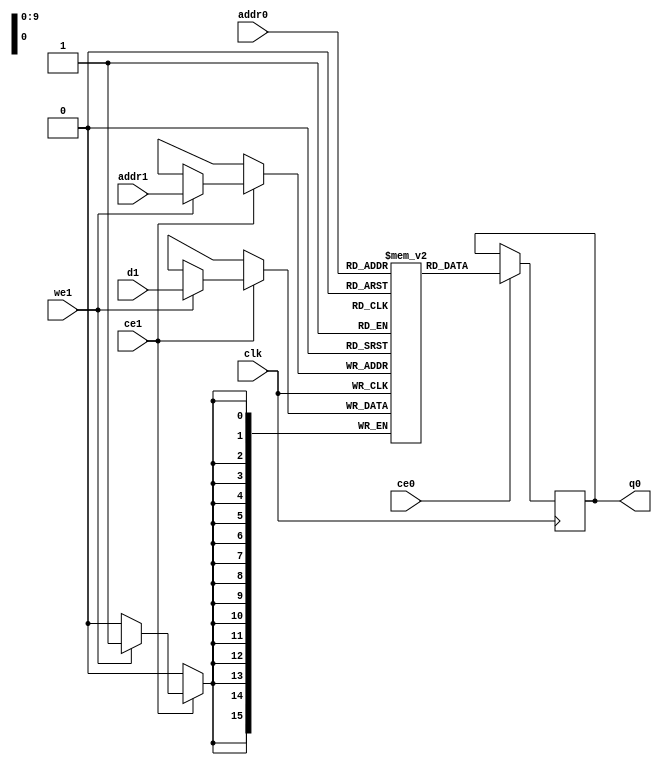
// ==============================================================
// File generated by Vivado(TM) HLS - High-Level Synthesis from C, C++ and SystemC
// Version: 2018.2
// Copyright (C) 1986-2018 Xilinx, Inc. All Rights Reserved.
// 
// ==============================================================

`timescale 1 ns / 1 ps
module Reduce_my_dst_bufbkb_ram (addr0, ce0, q0, addr1, ce1, d1, we1,  clk);

parameter DWIDTH = 16;
parameter AWIDTH = 10;
parameter MEM_SIZE = 640;

input[AWIDTH-1:0] addr0;
input ce0;
output reg[DWIDTH-1:0] q0;
input[AWIDTH-1:0] addr1;
input ce1;
input[DWIDTH-1:0] d1;
input we1;
input clk;

(* ram_style = "block" *)reg [DWIDTH-1:0] ram[0:MEM_SIZE-1];




always @(posedge clk)  
begin 
    if (ce0) 
    begin
            q0 <= ram[addr0];
    end
end


always @(posedge clk)  
begin 
    if (ce1) 
    begin
        if (we1) 
        begin 
            ram[addr1] <= d1; 
        end 
    end
end


endmodule


`timescale 1 ns / 1 ps
module Reduce_my_dst_bufbkb(
    reset,
    clk,
    address0,
    ce0,
    q0,
    address1,
    ce1,
    we1,
    d1);

parameter DataWidth = 32'd16;
parameter AddressRange = 32'd640;
parameter AddressWidth = 32'd10;
input reset;
input clk;
input[AddressWidth - 1:0] address0;
input ce0;
output[DataWidth - 1:0] q0;
input[AddressWidth - 1:0] address1;
input ce1;
input we1;
input[DataWidth - 1:0] d1;



Reduce_my_dst_bufbkb_ram Reduce_my_dst_bufbkb_ram_U(
    .clk( clk ),
    .addr0( address0 ),
    .ce0( ce0 ),
    .q0( q0 ),
    .addr1( address1 ),
    .ce1( ce1 ),
    .we1( we1 ),
    .d1( d1 ));

endmodule